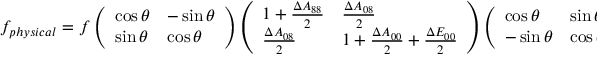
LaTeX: f _ { p h y s i c a l } = f \left( \begin{array} { l l } { { \cos \theta } } & { { - \sin \theta } } \\ { { \sin \theta } } & { { \cos \theta } } \end{array} \right) \left( \begin{array} { l l } { { 1 + { \frac { \Delta A _ { 8 8 } } { 2 } } } } & { { { \frac { \Delta A _ { 0 8 } } { 2 } } } } \\ { { { \frac { \Delta A _ { 0 8 } } { 2 } } } } & { { 1 + { \frac { \Delta A _ { 0 0 } } { 2 } } + { \frac { \Delta E _ { 0 0 } } { 2 } } } } \end{array} \right) \left( \begin{array} { l l } { { \cos \theta } } & { { \sin \theta } } \\ { { - \sin \theta } } & { { \cos \theta } } \end{array} \right) \ .